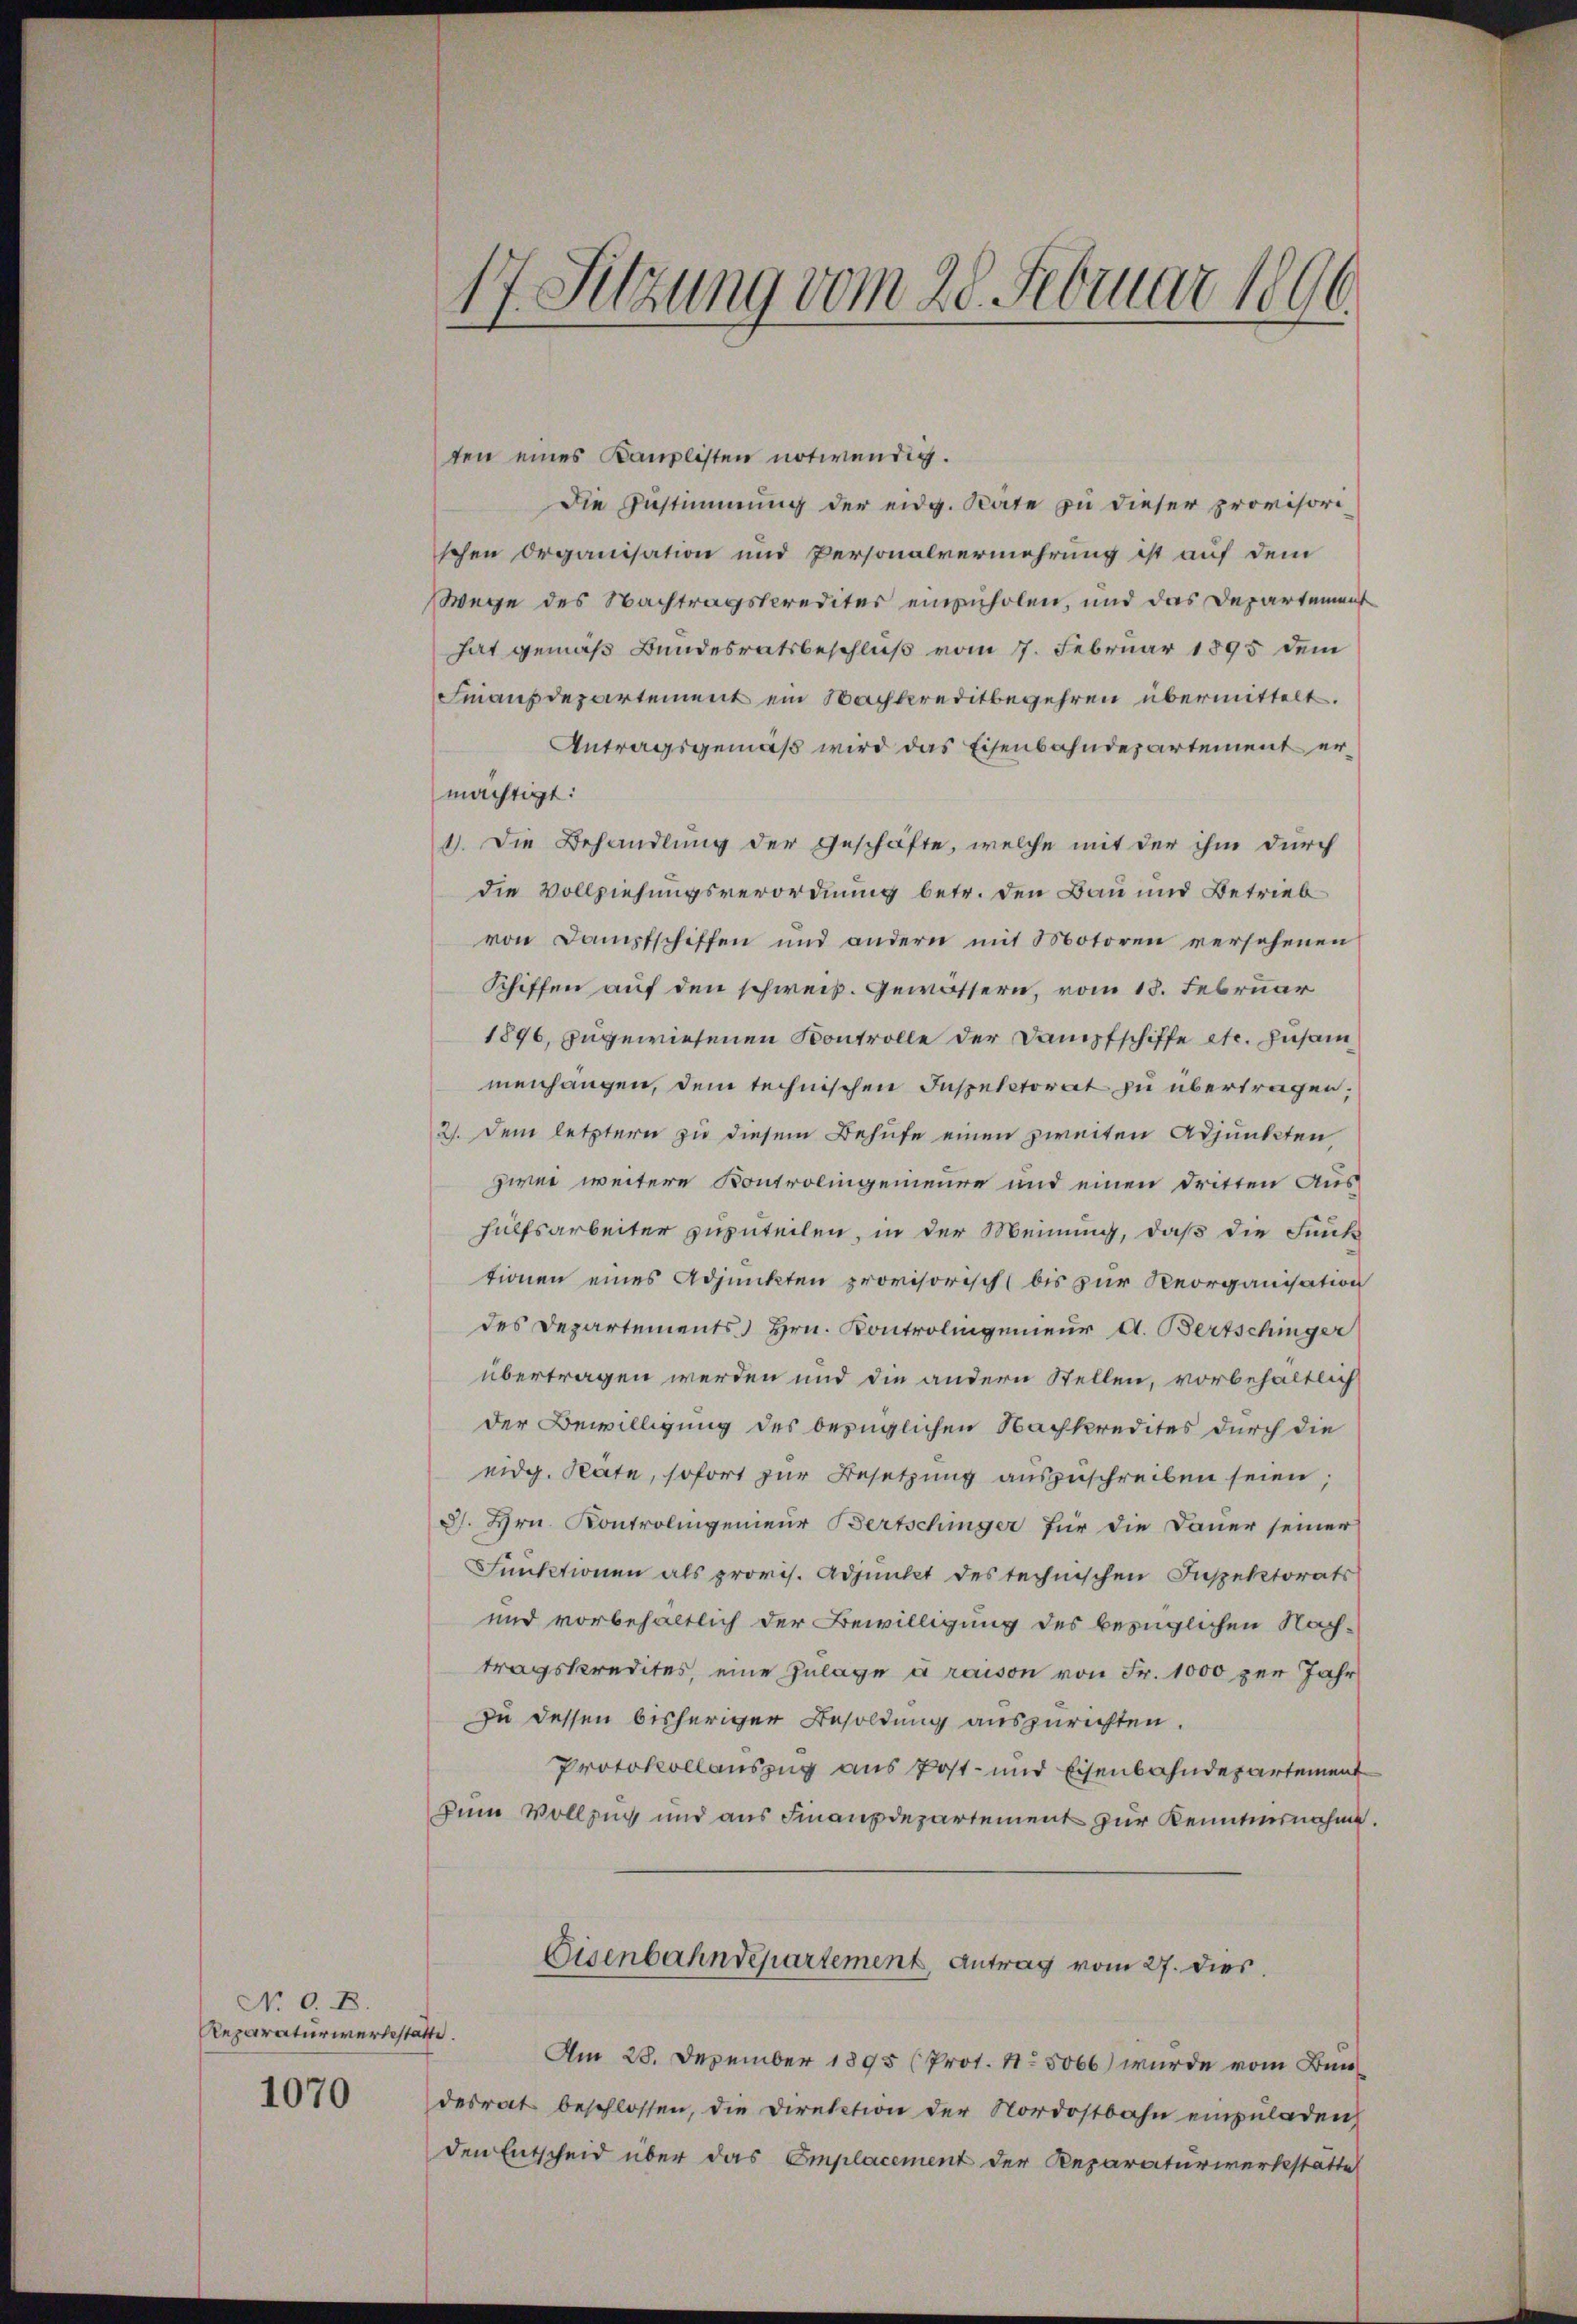
N. O. B.
Reparaturwerbestatte
1070

7 Sitzung vom 28. Februar 1896.
1.
.

ten eines Kanzlisten notwendig.
Die Zustimmung der eidg. Rate zu dieser provisorischen Organisation und Personalvermehrung ist auf dem
Wege des Nachtragskrediter einzuholen, und das Departement
hat gemäß Bundesratsbeschluß vom 7. Februar 1895 dem
Finanzdepartement ein Nachkreditbegehren übermittelt.
Antragsgemäß wird das Eisenbahndepartement ermächtigt:
1). Die Behandlung der Geschäfte, welche mit der ihm durch
die Vollziehungsverordnung betr. den Bau und Betrieb
von Dampfschiffen und andern mit Motoren versehenen
Schiffen auf den schweiz. Gewässern, vom 18. Februar
1896, zugewiesenen Kontrolle der Dampfschiffe etc. zusammenhängen, dem technischen Inspectorat zu übertragen;
2). Dem letztern zu diesem Behufe einen zweiten Adjunkten
zwei weitere Kontrolingenieure und einen dritten Aus-
Hülfsarbeiter zuzuteilen, in der Meinung, daß die Funke
tionen eines Adjunkten provisorisch (bis zur Reorganisation
des Departements Hrn. Kontrolingenieur d. Bertschinger
übertragen werden und die andern Stellen, vorbehaltlich
der Bewilligung des bezüglichen Nachkredites durch die
eidg. Räte, sofort zur Besetzung auszuschreiben seien;
d. Hrn. Kontrolingenieur Bertschinger für die Dauer seiner
Funktionen als provis. Adjunkt des technischen Inspektorats
und vorbehaltlich der Bewilligung des bezüglichen Nach-
tragskredites, eine Zulage à raison von Fr. 1000 per Jahr
zu dessen bisheriger Besoldung auszurichten.
Protokollauszug aus Post- und Eisenbahndepartement
Zum Vollzug und aus Finanzdepartement zur Kenntnisnahme.
Eisenbahndepartement, Antrag vom 27. dies
Am 28. Dezember 1895 (Prot. No 5066) wurde vom Bundesrat beschlossen, die Direktion der Nordostbahn einzuladen,
den Entscheid über das Emplacement der Reparaturwerkstätte